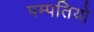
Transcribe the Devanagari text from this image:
पम्‍पतियो